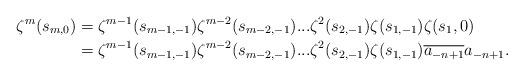
LaTeX: \begin{align*}\zeta^m(s_{m,0}) &= \zeta^{m-1}(s_{m-1,-1})\zeta^{m-2}(s_{m-2,-1})...\zeta^2(s_{2,-1})\zeta(s_{1,-1})\zeta(s_1,0) \\& = \zeta^{m-1}(s_{m-1,-1})\zeta^{m-2}(s_{m-2,-1})...\zeta^2(s_{2,-1})\zeta(s_{1,-1})\overline{a_{-n+1}}a_{-n+1}.\end{align*}